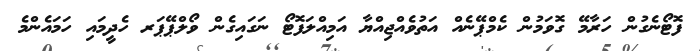
ފޮޓޯނެގުން ހަރާމޭ ގޮވަމުން ކެމްޕޭނެއް އަތުވެއްޖިއްޔާ އަމިއްލަފޮޓޯ ނަގައިގެން ވޯލްޕޭޕަރ ހެދީމައި ހަމައެންމެ